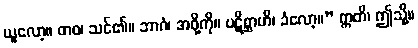
ယူလော့။ တဝ၊ သင်၏။ ဘာဂံ၊ အဖို့ကို။ ပဋိစ္ဆာဟိ၊ ခံလော့။” ဣတိ၊ ဤသို့။